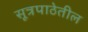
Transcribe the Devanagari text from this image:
सूत्रपाठेतील